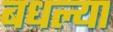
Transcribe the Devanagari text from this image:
बधल्या